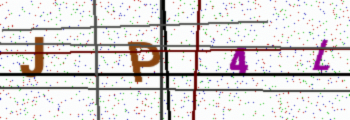
Text: JP4L